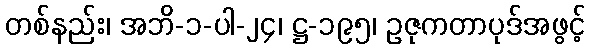
တစ်နည်း၊ အဘိ-၁-ပါ-၂၄၊ ဋ္ဌ-၁၉၅၊ ဥဇုကတာပုဒ်အဖွင့်